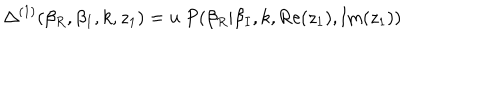
\Delta ^ { ( 1 ) } ( \beta _ { R } , \beta _ { I } , k , z _ { 1 } ) = u ~ P ( \beta _ { R } | \beta _ { I } , k , \mathrm { R e } ( z _ { 1 } ) , \mathrm { I m } ( z _ { 1 } ) )